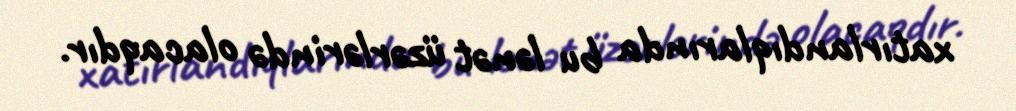
xatırlandıqlarında bu lənət üzərlərində olacaqdır.